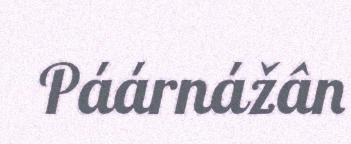
Páárnážân